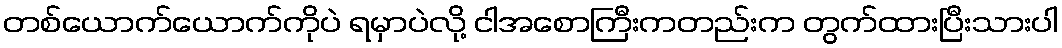
တစ်ယောက်ယောက်ကိုပဲ ရမှာပဲလို့ ငါအစောကြီးကတည်းက တွက်ထားပြီးသားပါ